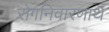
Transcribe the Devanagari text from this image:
रोगनिवारणार्थ